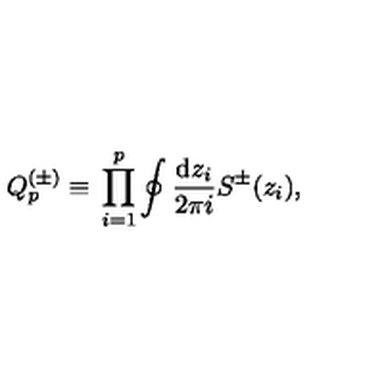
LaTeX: Q _ { p } ^ { ( \pm ) } { } \equiv { } \prod _ { i = 1 } ^ { p } \oint { \frac { \mathrm { d } z _ { i } } { 2 \pi i } } { } { S ^ { \pm } } ( z _ { i } ) { } ,